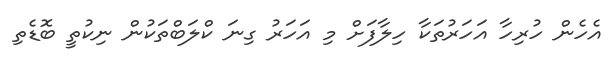
އެހެން ހުރިހާ އަހަރުތަކާ ހިލާފަށް މި އަހަރު ގިނަ ކްލަބްތަކުން ނިކުތީ ބޮޑެތި